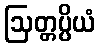
ဩတ္တပ္ပိယံ